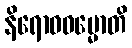
နိရောဓဓမ္မောတိ